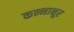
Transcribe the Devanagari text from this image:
कन्नानूर